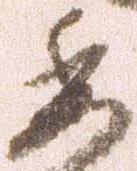
委